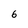
Character: 6